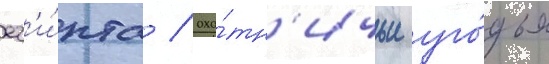
ег'и́пта / охо́тн'ичьи уго́дья